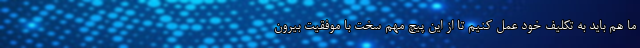
ما هم باید به تکلیف خود عمل کنیم تا از این پیچ مهم سخت با موفقیت بیرون